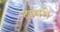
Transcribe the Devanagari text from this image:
टायगे